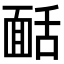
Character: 𩈙